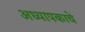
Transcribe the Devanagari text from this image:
अध्यापकाचे